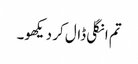
تم انگلی ڈال کر دیکھو۔